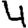
Digit: 4